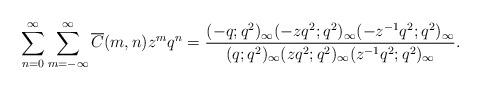
LaTeX: \begin{align*}\sum_{n=0}^{\infty}\sum_{m=-\infty}^{\infty}\overline{C}(m,n)z^{m}q^{n}=\dfrac{(-q;q^{2})_{\infty}(-zq^{2};q^{2})_{\infty}(-z^{-1}q^{2};q^{2})_{\infty}}{(q;q^{2})_{\infty}(zq^{2};q^{2})_{\infty}(z^{-1}q^{2};q^{2})_{\infty}}.\end{align*}